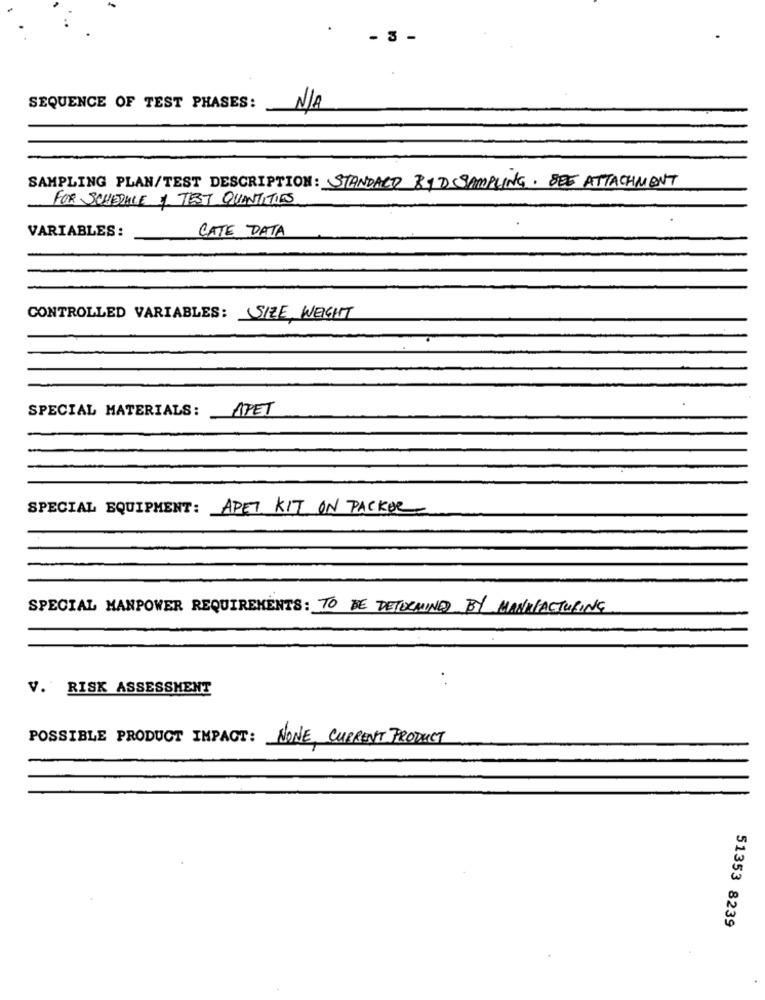
- 3 -
SEQUENCE OF TEST PHASES:
SAMPLING PLAN/TEST DESCRIPTION: STANDARD BYD SAMPLING. SEE ATTACHMENT
FOR SCHEDULE + TEST QUANTITIES
VARIABLES:
CATE DATA
CONTROLLED VARIABLES: SIZE WEIGHT
SPECIAL MATERIALS: APET
SPECIAL EQUIPMENT: APET KIT ON PACKOR
SPECIAL MANPOWER REQUIREMENTS: TO BE DETERMINED BY MANUFACTURING
V. RISK ASSESSMENT
POSSIBLE PRODUCT IMPACT: NONE, CURRENT PRODUCT
51353 8239